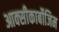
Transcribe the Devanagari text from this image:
आक्‍सीकार्बोजिम